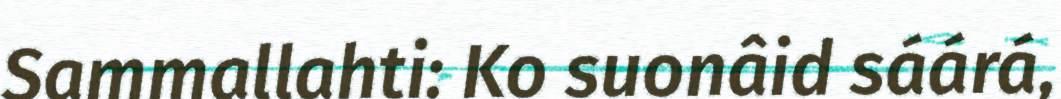
Sammallahti: Ko suonâid sáárá,